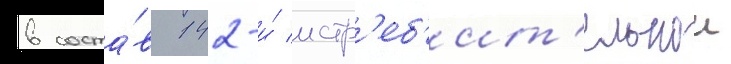
в соста́в 142-и́ истр'еб'ит'ельнои